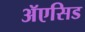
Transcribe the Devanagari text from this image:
ॲएसिड